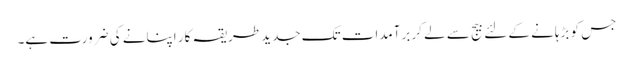
جس کو بڑہانے کے لئے بیج سے لے کر برآمدات تک جدید طریقہ کار اپنانے کی ضرورت ہے۔